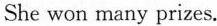
She won many prizes.